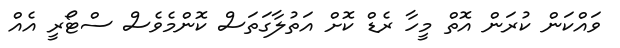
ވައްކަން ކުރަން އޮތް މީހާ ރެޑް ކޮށް އަތުލާގަތަސް ކޮންމެވެސް ސްޓޯރީ އެއް